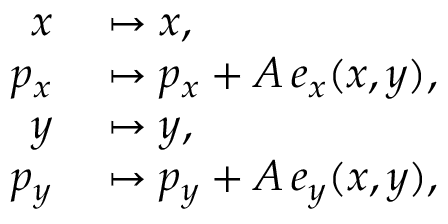
\begin{array} { r l } { x } & { { } \mapsto x , } \\ { p _ { x } } & { { } \mapsto p _ { x } + A \, e _ { x } ( x , y ) , } \\ { y } & { { } \mapsto y , } \\ { p _ { y } } & { { } \mapsto p _ { y } + A \, e _ { y } ( x , y ) , } \end{array}